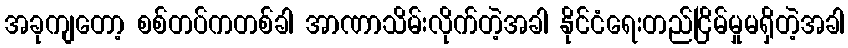
အခုကျတော့ စစ်တပ်ကတစ်ခါ အာဏာသိမ်းလိုက်တဲ့အခါ နိုင်ငံရေးတည်ငြိမ်မှုမရှိတဲ့အခါ